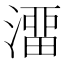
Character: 澑